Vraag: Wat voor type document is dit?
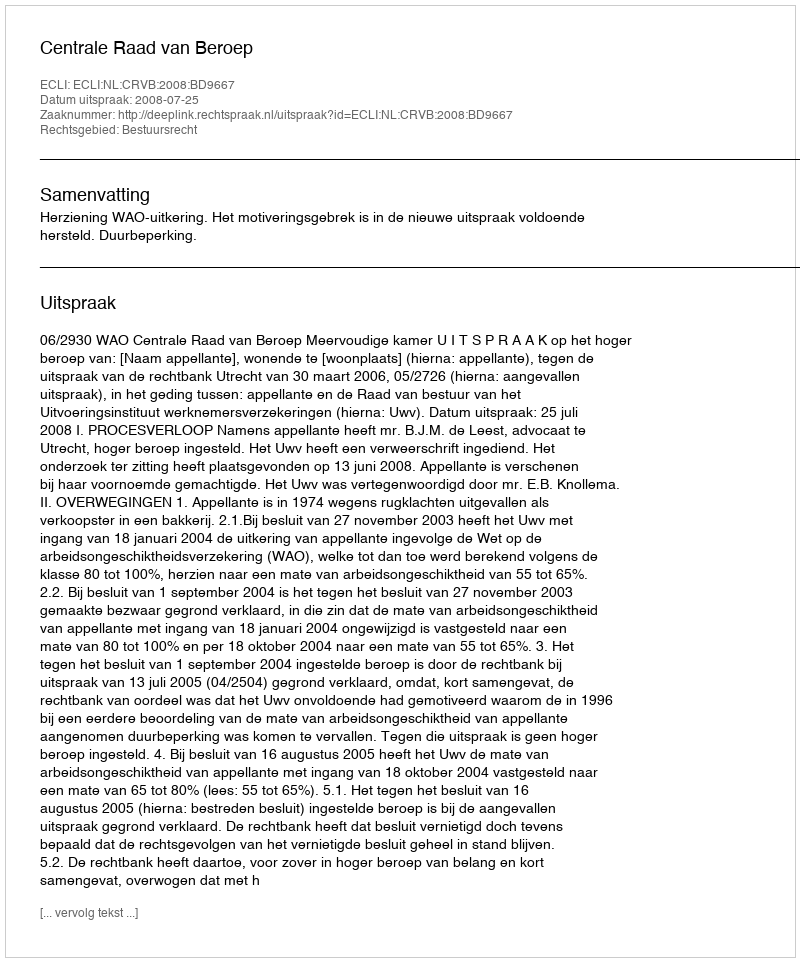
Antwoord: Uitspraak